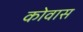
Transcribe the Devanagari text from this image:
कोवास